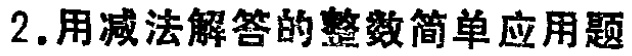
2.用减法解答的整数简单应用题